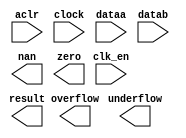
// megafunction wizard: %ALTFP_MULT%VBB%
// GENERATION: STANDARD
// VERSION: WM1.0
// MODULE: ALTFP_MULT 

// ============================================================
// Megafunction Name(s):
// 			ALTFP_MULT
//
// Simulation Library Files(s):
// 			lpm
// ============================================================
// ************************************************************
// THIS IS A WIZARD-GENERATED FILE. DO NOT EDIT THIS FILE!
//
// 11.1 Build 173 11/01/2011 SJ Full Version
// ************************************************************

//Copyright (C) 1991-2011 Altera Corporation
//Your use of Altera Corporation's design tools, logic functions 
//and other software and tools, and its AMPP partner logic 
//functions, and any output files from any of the foregoing 
//(including device programming or simulation files), and any 
//associated documentation or information are expressly subject 
//to the terms and conditions of the Altera Program License 
//Subscription Agreement, Altera MegaCore Function License 
//Agreement, or other applicable license agreement, including, 
//without limitation, that your use is for the sole purpose of 
//programming logic devices manufactured by Altera and sold by 
//Altera or its authorized distributors.  Please refer to the 
//applicable agreement for further details.

module altfp_mult_mf (
	aclr,
	clk_en,
	clock,
	dataa,
	datab,
	nan,
	overflow,
	result,
	underflow,
	zero)/* synthesis synthesis_clearbox = 1 */;

	input	  aclr;
	input	  clk_en;
	input	  clock;
	input	[31:0]  dataa;
	input	[31:0]  datab;
	output	  nan;
	output	  overflow;
	output	[31:0]  result;
	output	  underflow;
	output	  zero;

endmodule

// ============================================================
// CNX file retrieval info
// ============================================================
// Retrieval info: LIBRARY: altera_mf altera_mf.altera_mf_components.all
// Retrieval info: PRIVATE: FPM_FORMAT STRING "Single"
// Retrieval info: PRIVATE: INTENDED_DEVICE_FAMILY STRING "Stratix IV"
// Retrieval info: CONSTANT: DEDICATED_MULTIPLIER_CIRCUITRY STRING "YES"
// Retrieval info: CONSTANT: DENORMAL_SUPPORT STRING "NO"
// Retrieval info: CONSTANT: EXCEPTION_HANDLING STRING "NO"
// Retrieval info: CONSTANT: INTENDED_DEVICE_FAMILY STRING "UNUSED"
// Retrieval info: CONSTANT: LPM_HINT STRING "UNUSED"
// Retrieval info: CONSTANT: LPM_TYPE STRING "altfp_mult"
// Retrieval info: CONSTANT: PIPELINE NUMERIC "11"
// Retrieval info: CONSTANT: REDUCED_FUNCTIONALITY STRING "NO"
// Retrieval info: CONSTANT: ROUNDING STRING "TO_NEAREST"
// Retrieval info: CONSTANT: WIDTH_EXP NUMERIC "8"
// Retrieval info: CONSTANT: WIDTH_MAN NUMERIC "23"
// Retrieval info: USED_PORT: aclr 0 0 0 0 INPUT NODEFVAL "aclr"
// Retrieval info: CONNECT: @aclr 0 0 0 0 aclr 0 0 0 0
// Retrieval info: USED_PORT: clk_en 0 0 0 0 INPUT NODEFVAL "clk_en"
// Retrieval info: CONNECT: @clk_en 0 0 0 0 clk_en 0 0 0 0
// Retrieval info: USED_PORT: clock 0 0 0 0 INPUT NODEFVAL "clock"
// Retrieval info: CONNECT: @clock 0 0 0 0 clock 0 0 0 0
// Retrieval info: USED_PORT: dataa 0 0 32 0 INPUT NODEFVAL "dataa[31..0]"
// Retrieval info: CONNECT: @dataa 0 0 32 0 dataa 0 0 32 0
// Retrieval info: USED_PORT: datab 0 0 32 0 INPUT NODEFVAL "datab[31..0]"
// Retrieval info: CONNECT: @datab 0 0 32 0 datab 0 0 32 0
// Retrieval info: USED_PORT: nan 0 0 0 0 OUTPUT NODEFVAL "nan"
// Retrieval info: CONNECT: nan 0 0 0 0 @nan 0 0 0 0
// Retrieval info: USED_PORT: overflow 0 0 0 0 OUTPUT NODEFVAL "overflow"
// Retrieval info: CONNECT: overflow 0 0 0 0 @overflow 0 0 0 0
// Retrieval info: USED_PORT: result 0 0 32 0 OUTPUT NODEFVAL "result[31..0]"
// Retrieval info: CONNECT: result 0 0 32 0 @result 0 0 32 0
// Retrieval info: USED_PORT: underflow 0 0 0 0 OUTPUT NODEFVAL "underflow"
// Retrieval info: CONNECT: underflow 0 0 0 0 @underflow 0 0 0 0
// Retrieval info: USED_PORT: zero 0 0 0 0 OUTPUT NODEFVAL "zero"
// Retrieval info: CONNECT: zero 0 0 0 0 @zero 0 0 0 0
// Retrieval info: GEN_FILE: TYPE_NORMAL altfp_mult_mf.v TRUE FALSE
// Retrieval info: GEN_FILE: TYPE_NORMAL altfp_mult_mf.qip TRUE FALSE
// Retrieval info: GEN_FILE: TYPE_NORMAL altfp_mult_mf.bsf TRUE TRUE
// Retrieval info: GEN_FILE: TYPE_NORMAL altfp_mult_mf_inst.v TRUE TRUE
// Retrieval info: GEN_FILE: TYPE_NORMAL altfp_mult_mf_bb.v TRUE TRUE
// Retrieval info: GEN_FILE: TYPE_NORMAL altfp_mult_mf.inc TRUE TRUE
// Retrieval info: GEN_FILE: TYPE_NORMAL altfp_mult_mf.cmp TRUE TRUE
// Retrieval info: LIB_FILE: lpm